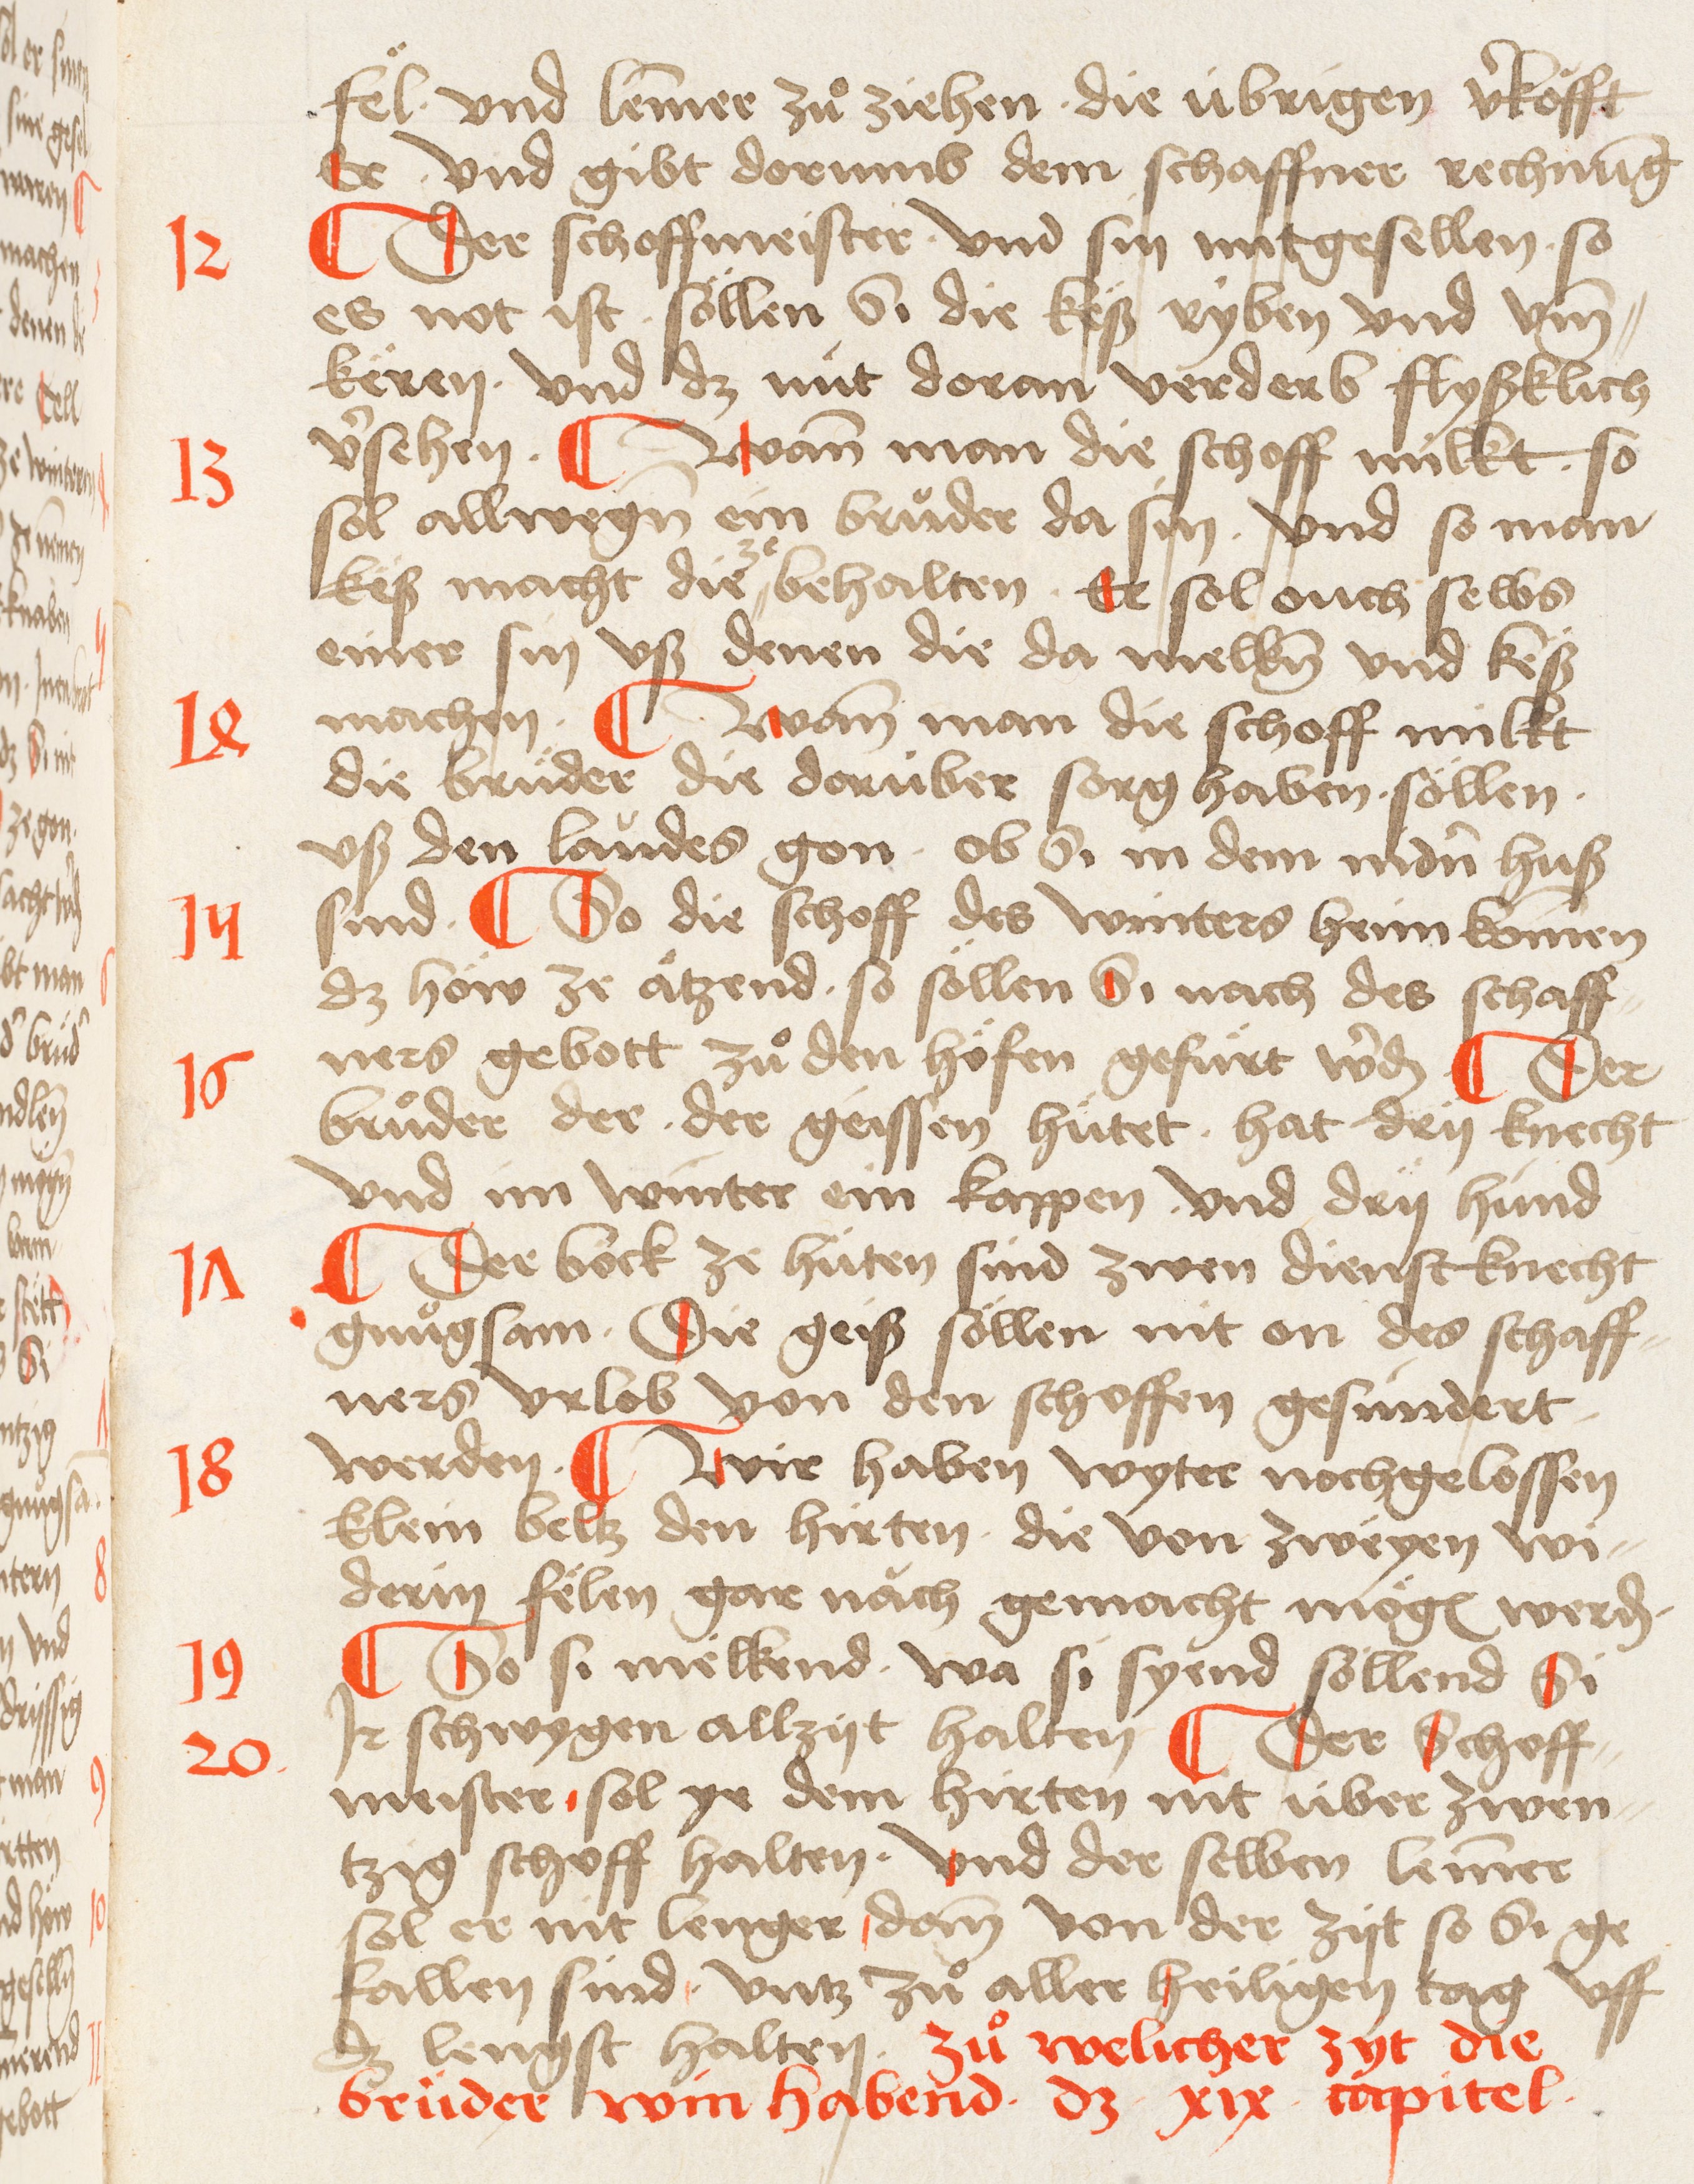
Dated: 1495–1514